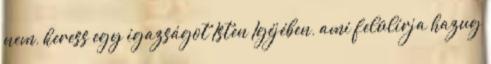
nem, keress egy igazságot Isten Igéjében, ami felülírja hazug